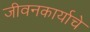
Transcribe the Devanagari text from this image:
जीवनकार्याचे